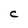
Character: C